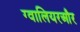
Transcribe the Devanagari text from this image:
ग्वालियरऔर